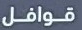
قوافل